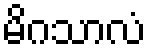
မိဂသာလံ